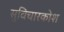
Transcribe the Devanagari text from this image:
सुविचारकोश